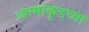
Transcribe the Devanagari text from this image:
आत्माकूडच्या